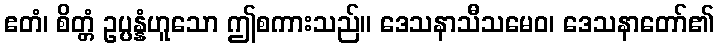
ဧတံ၊ စိတ္တံ ဥပ္ပန္နံဟူသော ဤစကားသည်။ ဒေသနာသီသမေဝ၊ ဒေသနာတော်၏